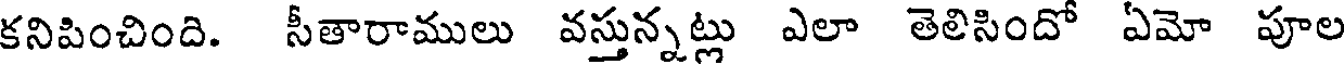
కనిపించింది. సీతారాములు వస్తున్నట్లు ఎలా తెలిసిందో ఏమో పూల